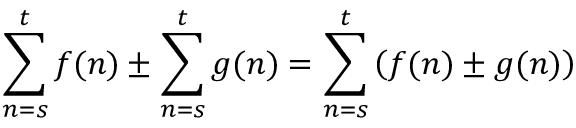
\sum _ { n = s } ^ { t } f ( n ) \pm \sum _ { n = s } ^ { t } g ( n ) = \sum _ { n = s } ^ { t } \left( f ( n ) \pm g ( n ) \right) \quad